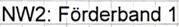
Text: NW2: Förderband 1